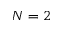
N = 2